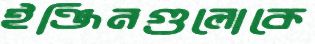
ইঞ্জিনগুলোকে